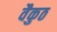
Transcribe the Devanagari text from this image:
वैकुठ